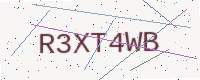
Text: R3XT4WB